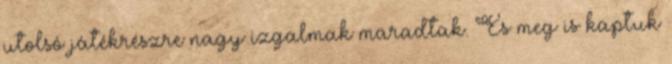
utolsó játékrészre nagy izgalmak maradtak. És meg is kaptuk